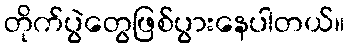
တိုက်ပွဲတွေဖြစ်ပွားနေပါတယ်။